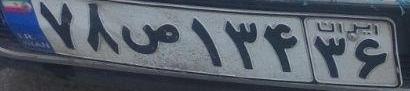
۷۸ص۱۳۴۳۶